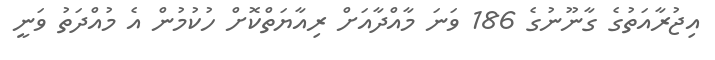
އިޖުރާއަތުގެ ގާނޫނުގެ 186 ވަނަ މާއްދާއަށް ރިއާޔަތްކޮށް ހުކުމުން އެ މުއްދަތު ވަނީ